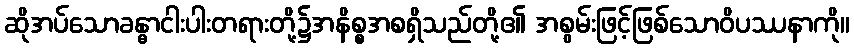
ဆိုအပ်သောခန္ဓာငါးပါးတရားတို့၌အနိစ္စအစရှိသည်တို့၏ အစွမ်းဖြင့်ဖြစ်သောဝိပဿနာကို။